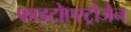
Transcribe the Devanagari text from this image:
फाइटोएस्ट्रोजेन